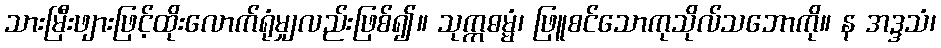
သားမြီးဖျားဖြင့်ထိုးလောက်ရုံမျှလည်းဖြစ်၍။ သုက္ကဓမ္မံ၊ ဖြူစင်သောကုသိုလ်သဘောကို။ န အဒ္ဒသံ၊